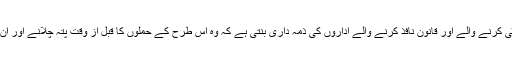
انہوں نے کہا، ’’خفیہ معلومات اکھٹی کرنے والے اور قانون نافذ کرنے والے اداروں کی ذمہ داری بنتی ہے کہ وہ اس طرح کے حملوں کا قبل از وقت پتہ چلانے اور ان کو روکنے کے لیے اقدامات کریں۔